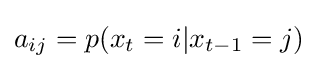
a_{ij}=p(x_{t}=i|x_{t-1}=j)